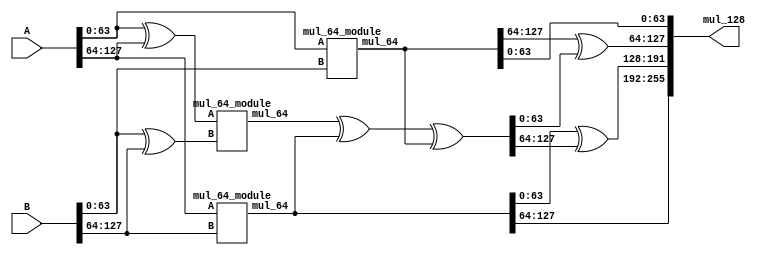
module mul_128_module (
input [127:0] A,
input [127:0] B,
output [255:0] mul_128
);
wire [127:0] d0 ,d1 ,d2 ,d7;
mul_64_module mul_641 ((A [63:0]) ,( B [63:0]) ,( d0 ));
mul_64_module mul_642 ((A [63:0]^ A [127:64]) ,( B [63:0]^ B [127:64]) ,( d1 ));
mul_64_module mul_643 (A [127:64] , B [127:64] ,( d2 ));
assign d7 = d1^d2^d0;
assign mul_128 [255:0] = {d2 [127:64] ,(( d2 [63:0])^( d7 [127:64])) ,(( d0 [127:64])^( d7 [63:0])) , d0 [63:0]};
endmodule


module mul_64_module (
input [63:0]A,
input [63:0]B,
output [127:0] mul_64
);
wire [63:0] d0 ,d1 ,d2 ,d7;
mul_32_module u12 ((A [31:0]) ,( B [31:0]) ,( d0 ));
mul_32_module u13 ((A [31:0]^ A [63:32]) ,( B [31:0]^ B [63:32]) ,( d1 ));
mul_32_module u14 ((A [63:32]) ,( B [63:32]) ,( d2 ));
assign d7=d2^d1^d0;
assign mul_64 [127:0]={ d2 [63:32] ,( d2 [31:0]^ d7 [63:32]) ,( d0 [63:32]^ d7 [31:0]) , d0 [31:0]};
endmodule


module mul_32_module (
input [31:0]A,
input [31:0]B,
output [63:0] mul_32
);
wire [31:0] d0 ,d1 ,d2 ,d7;
mul_16_module u9 ((A [15:0]) ,( B [15:0]) ,( d0 ));
mul_16_module u10 ((A [15:0]^ A [31:16]) ,( B [15:0]^ B [31:16]) ,( d1 ));
mul_16_module u11 ((A [31:16]) ,( B [31:16]) ,( d2 ));
assign d7=d2^d1^d0;
assign mul_32 [63:0]={ d2 [31:16] ,( d2 [15:0]^ d7 [31:16]) ,( d0 [31:16]^ d7 [15:0]) , d0 [15:0]};
endmodule


module mul_16_module (
input [15:0]A,
input [15:0]B,
output [31:0] mul_16
);
wire [15:0] d0 ,d1 ,d2 ,d7;
mul_8_module u6 ((A [7:0]) ,( B [7:0]) ,( d0 ));
mul_8_module u7 ((A [7:0]^ A [15:8]) ,( B [7:0]^ B [15:8]) ,( d1 ));
mul_8_module u8 ((A [15:8]) ,( B [15:8]) ,( d2 ));
assign d7=d2^d1^d0;
assign mul_16 [31:0]={ d2 [15:8] ,( d2 [7:0]^ d7 [15:8]) ,( d0 [15:8]^ d7 [7:0]) , d0 [7:0]};
endmodule



module mul_8_module (
input [7:0]A,
input [7:0]B,
output [15:0] mul_8
);
wire [7:0] d0 ,d1 ,d2 ,d7;
mul_4_module u3 ((A [3:0]) ,( B [3:0]) ,( d0 ));
mul_4_module u4 ((A [3:0]^ A [7:4]) ,( B [3:0]^ B [7:4]) ,( d1 ));
mul_4_module u5 ((A [7:4]) ,( B [7:4]) ,( d2 ));
assign d7=d2^d1^d0;
assign mul_8 [15:0]={ d2 [7:4] ,( d2 [3:0]^ d7 [7:4]) ,( d0 [7:4]^ d7 [3:0]) , d0 [3:0]};
endmodule


module mul_4_module (
input [3:0]A,
input [3:0]B,
output [7:0] mul_4
);
wire [3:0] d0 ,d1 ,d2 ,d7;
mul_2_module u0 ((A [1:0]) ,( B [1:0]) ,( d0 ));
mul_2_module u1 ((A [1:0]^ A [3:2]) ,( B [1:0]^ B [3:2]) ,( d1 ));
mul_2_module u2 ((A [3:2]) ,( B [3:2]) ,( d2 ));
assign d7=d2^d1^d0;
assign mul_4 [7:0]={ d2 [3:2] ,( d2 [1:0]^ d7 [3:2]) ,( d0 [3:2]^ d7 [1:0]) , d0 [1:0]};
endmodule


module mul_2_module (
input [1:0] A,
input [1:0] B,
output [3:0] mul_2
);
assign mul_2 [0]= A [0]& B [0];
assign mul_2 [2]= A [1]& B [1];
assign mul_2 [3:0]={ A [1]& B[1] ,(A [0]^ A [1])&( B [0]^ B [1])^ mul_2 [0]^ mul_2 [2] ,A [0]& B [0]};
endmodule